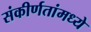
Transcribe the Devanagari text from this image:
संकीर्णतांमध्ये